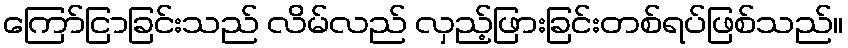
ကြော်ငြာခြင်းသည် လိမ်လည် လှည့်ဖြားခြင်းတစ်ရပ်ဖြစ်သည်။